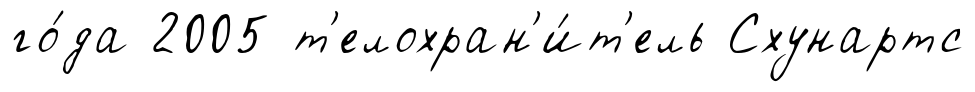
го́да 2005 т'елохран'и́т'ель Схунартс